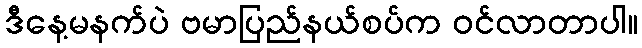
ဒီနေ့မနက်ပဲ ဗမာပြည်နယ်စပ်က ဝင်လာတာပါ။